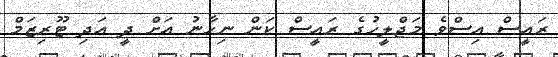
ރައީސް އިސްވެ މަޖްލީހުގެ ރައީސް ކަން ނިހާނު އަށް ދީ އަދި ޓޫރިޒަމް